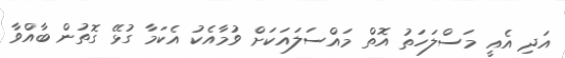
އަދި އެއީ މަސްލަހަތު އޮތް މައްސަލައަކަށް ވުމާއެކު އެކަމާ ގުޅޭ ގޮތުން ބާއްވާ